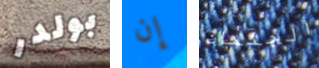
بولدر إن الجثمان